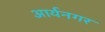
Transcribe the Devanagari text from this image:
आर्यनगर